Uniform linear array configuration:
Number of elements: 64
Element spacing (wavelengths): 0.75
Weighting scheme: hann
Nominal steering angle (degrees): -60
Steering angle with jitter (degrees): -60.358
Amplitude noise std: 0.05
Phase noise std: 0.05

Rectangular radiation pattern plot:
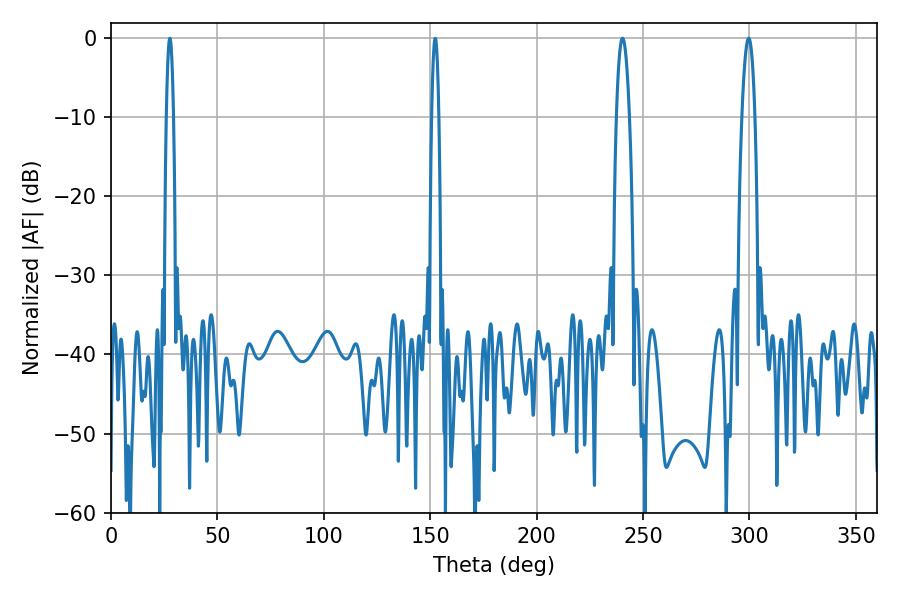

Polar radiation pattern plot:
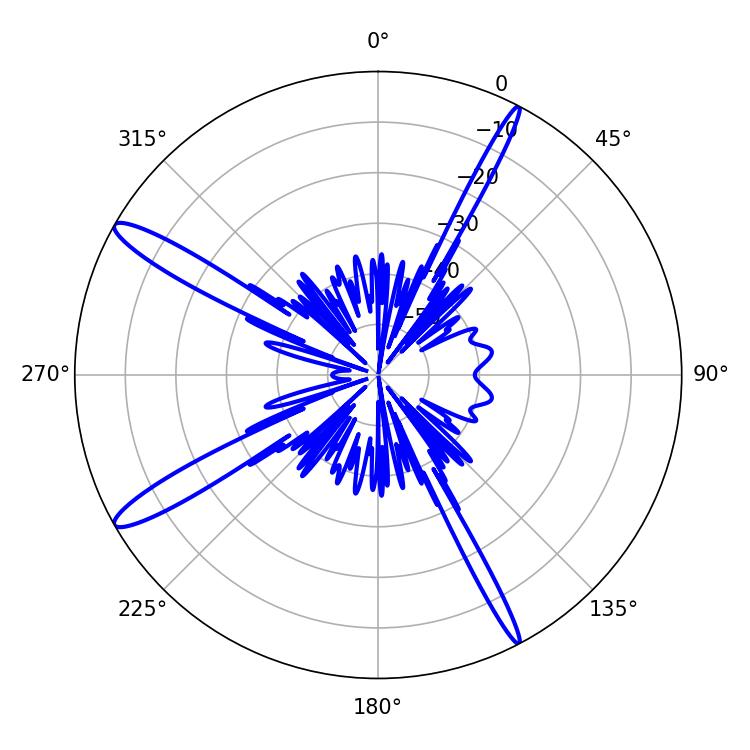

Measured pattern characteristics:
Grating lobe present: TRUE
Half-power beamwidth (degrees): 3.42
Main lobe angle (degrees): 240.3